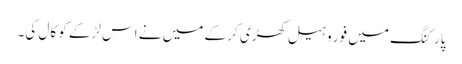
پارکنگ میں فور وہیل کھڑی کر کے میں نے اس لڑکے کو کال کی۔